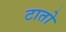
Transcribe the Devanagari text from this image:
टातो